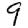
Digit: 9